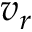
v _ { r }